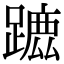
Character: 𨄭